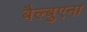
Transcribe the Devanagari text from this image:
बैल्बुएना